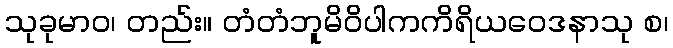
သုခုမာဝ၊ တည်း။ တံတံဘူမိဝိပါကကိရိယဝေဒနာသု စ၊